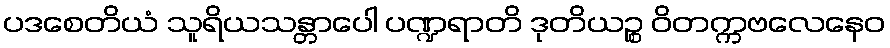
ပဒစေတိယံ သူရိယသန္တာပေါ ပဏ္ဍရာတိ ဒုတိယဉ္စ ဝိတက္ကဗလေနေဝ